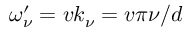
\omega _ { \nu } ^ { \prime } = v k _ { \nu } = v \pi \nu / d